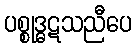
ပစ္စုဒ္ဓဋသညီပေ